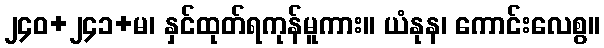
၂၄၀+၂၄၁+မ၊ နှင်ထုတ်ရကုန်မူကား။ ယံနုန၊ ကောင်းလေစွ။